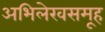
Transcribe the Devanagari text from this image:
अभिलेखसमूह